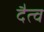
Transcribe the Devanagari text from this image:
दैत्व